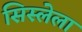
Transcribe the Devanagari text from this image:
सिस्लेला